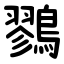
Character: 鷚